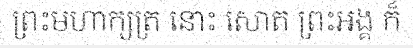
ព្រះមហាក្សត្រ នោះ សោត ព្រះអង្គ ក៏